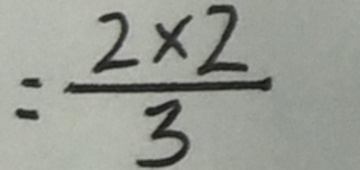
= \frac { 2 \times 2 } { 3 }